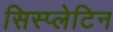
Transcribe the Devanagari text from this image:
सिस्प्लेटिन